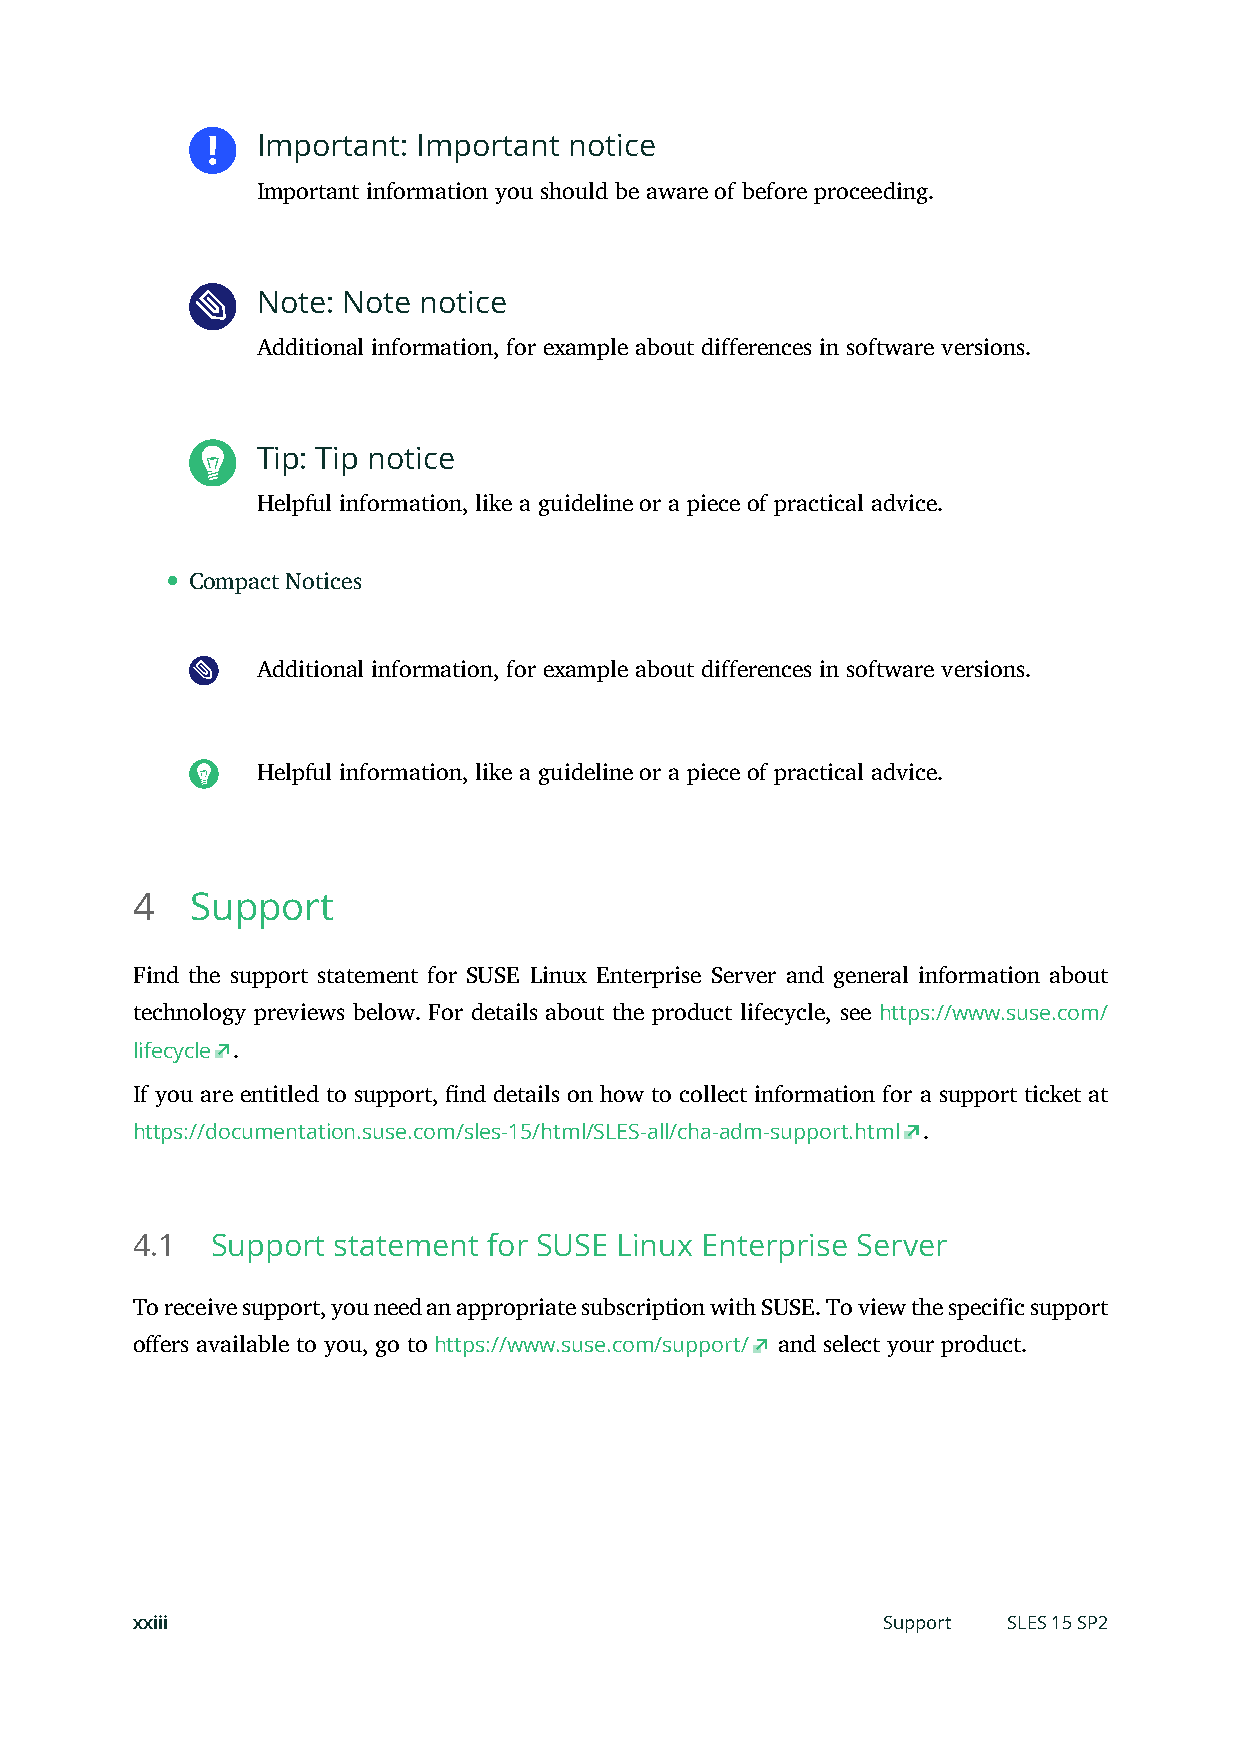
Important: Important notice
 Important information you should be aware of before proceeding.
 Note: Note notice
 Additional information, for example about differences in software versions.
 Tip: Tip notice
 Helpful information, like a guideline or a piece of practical advice.
 Compact Notices
 Additional information, for example about differences in software versions.
 Helpful information, like a guideline or a piece of practical advice.
 4   Support
 Find the support statement for SUSE Linux Enterprise Server and general information about
 technology previews below. For details about the product lifecycle, see https://www.suse.com/
 lifecycle .
 If you are entitled to support, nd details on how to collect information for a support ticket at
 https://documentation.suse.com/sles-15/html/SLES-all/cha-adm-support.html .
 4.1  Support statement for SUSE Linux Enterprise Server
 To receive support, you need an appropriate subscription with SUSE. To view the specific support
 offers available to you, go to https://www.suse.com/support/ and select your product.
 xxiii                                            Support  SLES 15 SP2